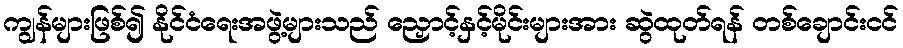
ကျွန်များဖြစ်၍ နိုင်ငံရေးအဖွဲ့များသည် ညှောင့်နှင့်မိုင်းများအား ဆွဲထုတ်ရန် တစ်ချောင်းငင်